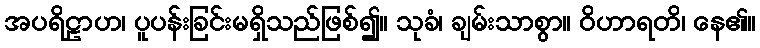
အပရိဠာဟ၊ ပူပန်းခြင်းမရှိသည်ဖြစ်၍။ သုခံ၊ ချမ်းသာစွာ။ ဝိဟာရတိ၊ နေ၏။